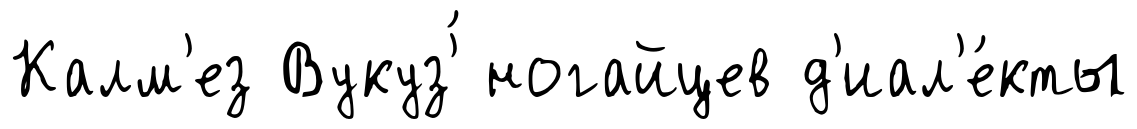
Калм'ез Вукуз'́ ногайцев д'иал'е́кты